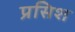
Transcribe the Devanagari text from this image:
प्रसिश